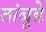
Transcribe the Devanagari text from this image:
तांबूडे